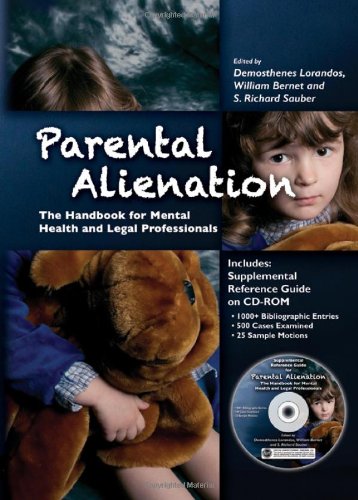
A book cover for Parental Alienation: The Handbook for Mental Health and Legal Professionals (Behavioral Science and Law); Demosthenes Lorandos; Law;